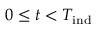
0 \leq t < T _ { \mathrm { i n d } }